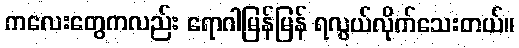
ကလေးတွေကလည်း ရောဂါမြန်မြန် ရလွယ်လိုက်သေးတယ်။